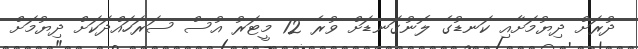
ދުރަށް ދިޔުމަށާއި ކަނޑުގެ ލޮނުގަނޑަށް ވުރެ 12 މީޓަރު އުސް ސަރަހައްދަކަށް ދިޔުމަށް